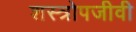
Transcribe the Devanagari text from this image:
शस्त्रोपजीवी